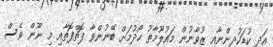
އަދި ކުޑަކުދިންނާއި ޒުވާނުން މައުލޫމާތު ހޯދުމަށް ބޭނުންވާ ފޮތްފޮތާއި މި ނޫން ވެސް